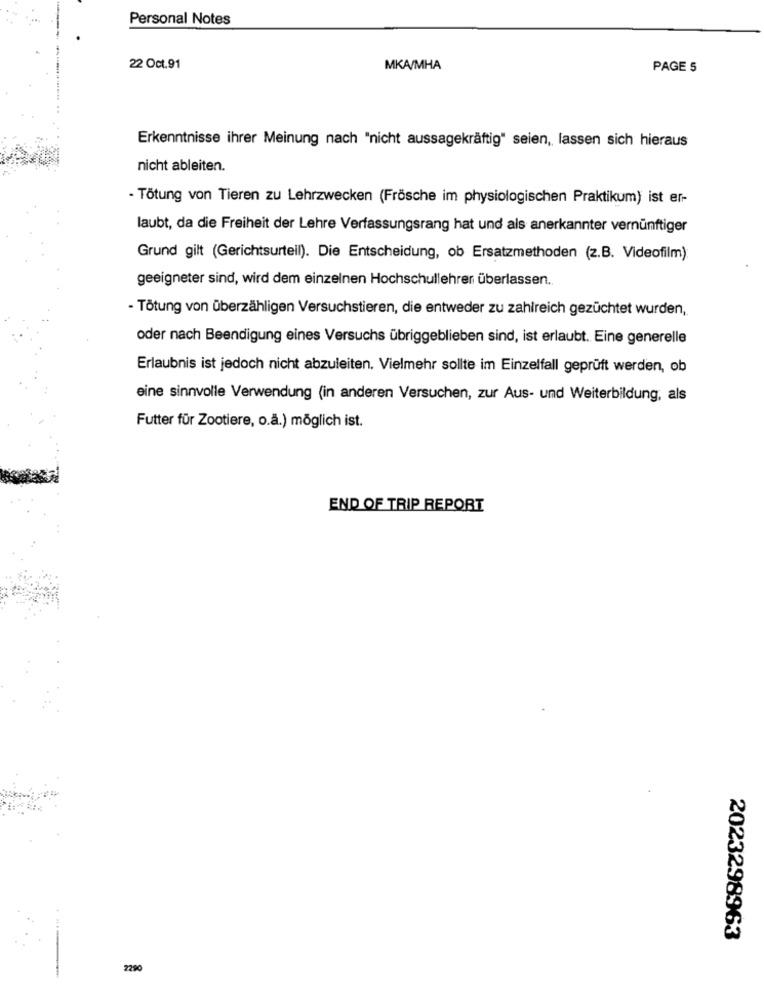
Personal Notes
22 Oct.91
MKA/MHA
PAGE 5
Erkenntnisse ihrer Meinung nach "nicht aussagekräftig" seien, lassen sich hieraus
nicht ableiten.
- Tötung von Tieren zu Lehrzwecken (Frösche im physiologischen Praktikum) ist er-
laubt, da die Freiheit der Lehre Verfassungsrang hat und als anerkannter vernünftiger
Grund gilt (Gerichtsurteil). Die Entscheidung, ob Ersatzmethoden (z.B. Videofilm):
geeigneter sind, wird dem einzelnen Hochschullehrer überlassen.
- Tötung von überzähligen Versuchstieren, die entweder zu zahlreich gezüchtet wurden,
oder nach Beendigung eines Versuchs übriggeblieben sind, ist erlaubt. Eine generelle
Erlaubnis ist jedoch nicht abzuleiten. Vielmehr sollte im Einzelfall geprüft werden, ob
eine sinnvolle Verwendung (in anderen Versuchen, zur Aus- und Weiterbildung, als
Futter für Zootiere, o.ä.) möglich ist.
END OF TRIP REPORT
2023298963
2290